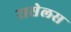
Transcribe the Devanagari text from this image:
रासेलस